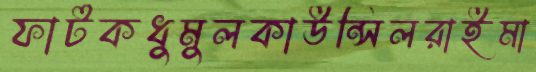
ফাটকধুমুলকাউন্সিলরাইমা